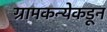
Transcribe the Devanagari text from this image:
ग्रामकन्येकडून